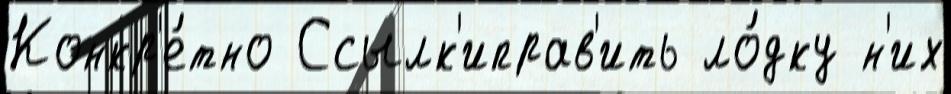
Конкр'е́тно Ссылк'иправ'ить ло́дку н'их